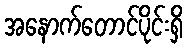
အနောက်တောင်ပိုင်းရှိ